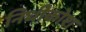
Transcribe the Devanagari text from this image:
निधीकोश